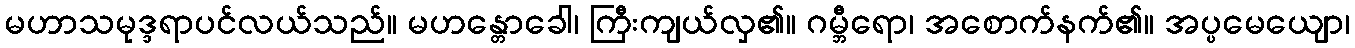
မဟာသမုဒ္ဒရာပင်လယ်သည်။ မဟန္တောခေါ၊ ကြီးကျယ်လှ၏။ ဂမ္ဘီရော၊ အစောက်နက်၏။ အပ္ပမေယျော၊